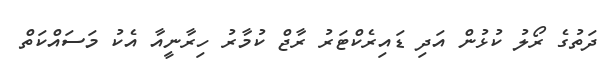
ދަތުގެ ރޯލު ކުޅުން އަދި ޑައިރެކްޓަރު ރާޖް ކުމާރު ހިރާނީއާ އެކު މަސައްކަތް